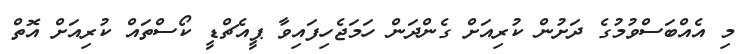
މި އެއްބަސްވުމުގެ ދަށުން ކުރިއަށް ގެންދަން ހަމަޖެހިފައިވާ ޕީއެޗްޑީ ކޯސްތައް ކުރިއަށް އޮތް